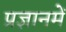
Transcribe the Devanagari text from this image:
प्रज्ञानमें